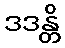
ဒဒန္တိ